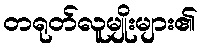
တရုတ်လူမျိုးများ၏